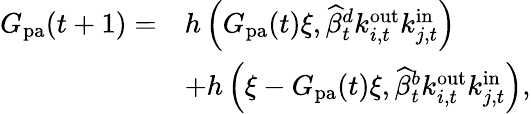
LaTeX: \begin{array}{rl}{G_{\mathrm{pa}}(t+1)=}&{h\left(G_{\mathrm{pa}}(t)\xi,\widehat{\beta}_{t}^{d}k_{i,t}^{\mathrm{out}}k_{j,t}^{\mathrm{in}}\right)}\\ &{+h\left(\xi-G_{\mathrm{pa}}(t)\xi,\widehat{\beta}_{t}^{b}k_{i,t}^{\mathrm{out}}k_{j,t}^{\mathrm{in}}\right),}\end{array}